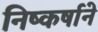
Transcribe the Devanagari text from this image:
निष्कर्षाने